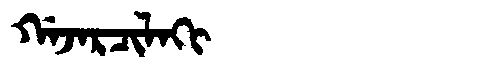
Manchu: ᡤᠠᠵᠠᡵᠴᡳᠯᠠᡴᡳ
Romanization: GAJARCILAKI